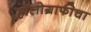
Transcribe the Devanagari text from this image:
हॉलोग्राफीचा